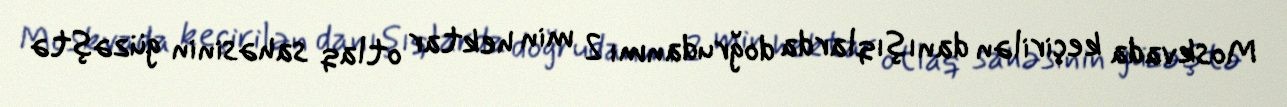
Moskvada keçirilən danışıqlarda doğrudanmı 2 min hektar otlaq sahəsinin güzəştə